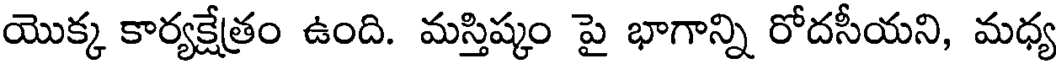
యొక్క కార్యక్షేత్రం ఉంది. మస్తిష్కం పై భాగాన్ని రోదసీయని, మధ్య